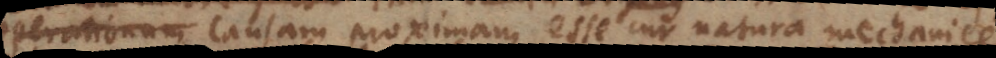
operationum causam proximam esse cur natura mechanice